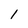
Character: 1